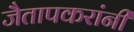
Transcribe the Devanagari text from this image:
जैतापकरांनी